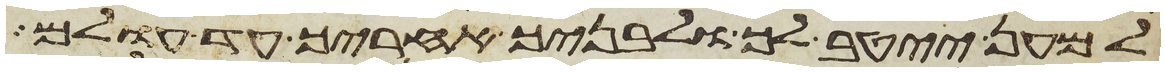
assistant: למען ייטב לך ולבניך אחריך עד עולם